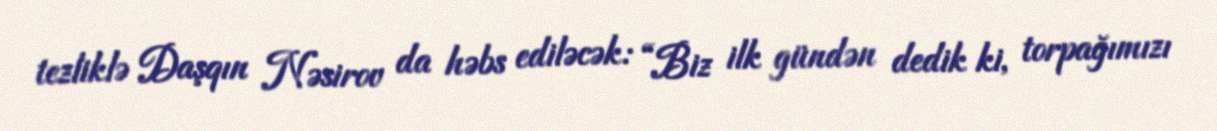
tezliklə Daşqın Nəsirov da həbs ediləcək: “Biz ilk gündən dedik ki, torpağımızı